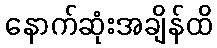
နောက်ဆုံးအချိန်ထိ